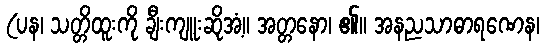
(ပန၊ သတ္တိထူးကို ချီးကျူးဆိုအံ့။ အတ္တနော၊ ၏။ အနညသာဓာရဏေန၊